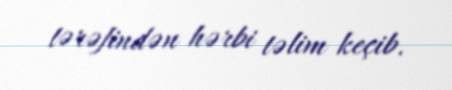
tərəfindən hərbi təlim keçib.